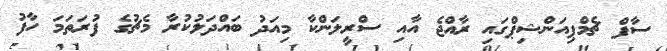
ސާފް ޗެމްޕިއަންޝިޕްގައި ރާއްޖެ އާއި ސްރީލަންކާ މިއަދު ބައްދަލުކުރާ މެޗުގެ ފުރަތަމަ ހާފު